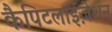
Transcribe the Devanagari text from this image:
कैपिटलाईज़ेशन